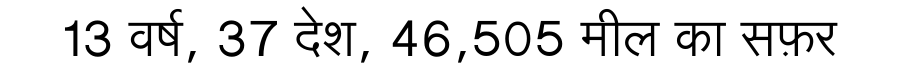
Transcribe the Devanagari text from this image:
13 वर्ष, 37 देश, 46,505 मील का सफ़र